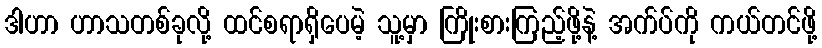
ဒါဟာ ဟာသတစ်ခုလို့ ထင်စရာရှိပေမဲ့ သူ့မှာ ကြိုးစားကြည့်ဖို့နဲ့ အက်ပ်ကို ကယ်တင်ဖို့